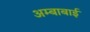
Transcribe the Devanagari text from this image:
अम्बाबाई